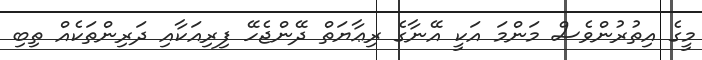
މީގެ އިތުރުންވެސް މަންމަ އަކީ އޭނާގެ ރިޢާޔަތް ދޭންޖެހޭ ފިރިއަކާއި ދަރިންތަކެއް ތިބި